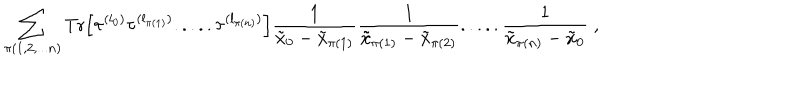
\sum _ { \pi ( 1 , 2 , . . . n ) } \mathrm { T r } \Big [ \tau ^ { ( l _ { 0 } ) } \tau ^ { ( l _ { \pi ( 1 ) } ) } . . . . . \tau ^ { ( l _ { \pi ( n ) } ) } \Big ] \frac { 1 } { \tilde { x } _ { 0 } - \tilde { x } _ { \pi ( 1 ) } } \frac { 1 } { \tilde { x } _ { \pi ( 1 ) } - \tilde { x } _ { \pi ( 2 ) } } . . . . . \frac { 1 } { \tilde { x } _ { \pi ( n ) } - \tilde { x } _ { 0 } } \; ,